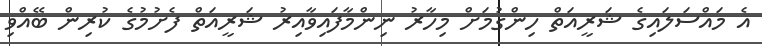
އެ މައްސަލައިގެ ޝަރީއަތް ހިންގުމަށް މިހާރު ނިންމާފައިވާއިރު ޝަރީއަތް ފެށުމުގެ ކުރިން ބޭއްވި